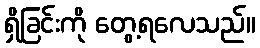
ရှိခြင်းကို တွေ့ရလေသည်။